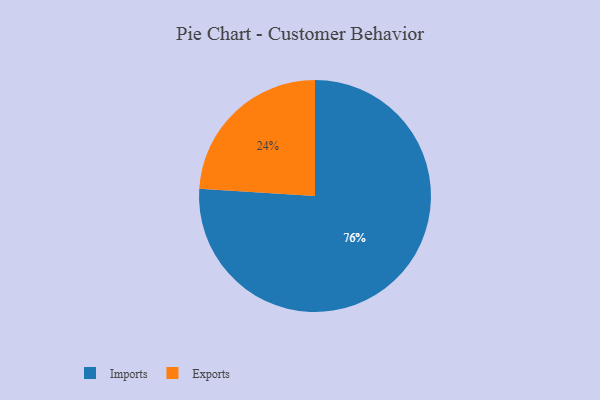
{"axis": {"x": "Category", "y": "Percentage"}, "legend": ["Exports", "Imports"], "data": [{"x": "Exports", "y": 24, "type": "Exports"}, {"x": "Imports", "y": 76, "type": "Imports"}]}